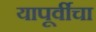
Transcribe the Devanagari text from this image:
यापूर्वीचा